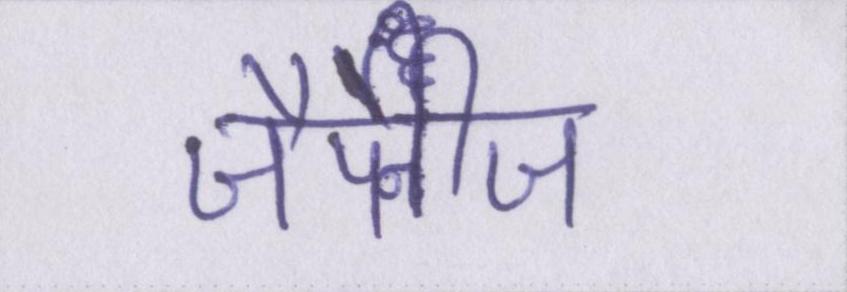
जैपेनीज